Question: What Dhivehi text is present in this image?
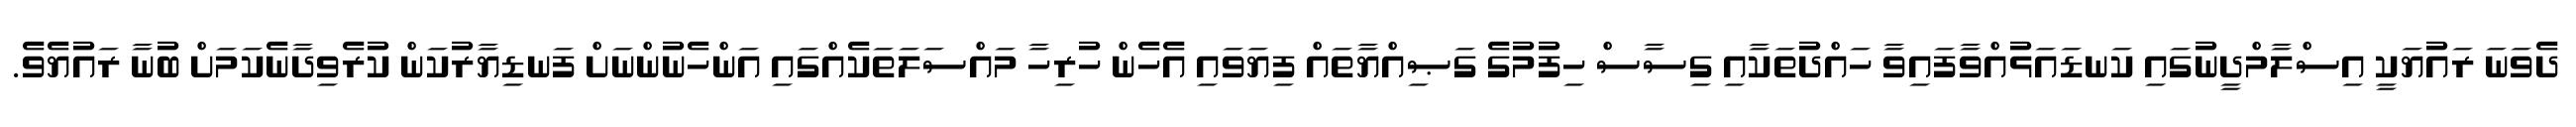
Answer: ދެވަނަ ރައުޔަކީ އިސްލާމްދީނުގައި ކަނޑައަޅުއްވާފައިވާ ހައްދުތަކާއި ގިސާސް ހިފުމުގެ ގަޞިއްޔާތައް ފިޔަވައި އެހެން ހުރިހާ މައްސަލަތަކެއްގައި އަންހެނުންނަށް ފަނޑިޔާރުކަން ކުރެވިދާނެކަމަށް ބުނާ ރައުޔެވެ.